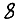
Digit: 8